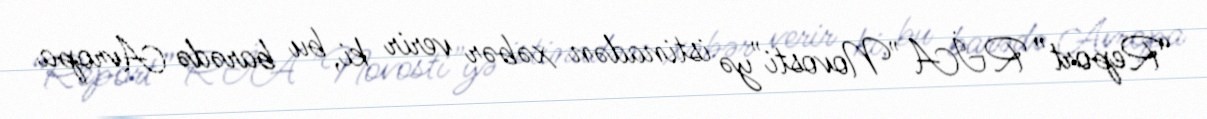
“Report” RİA "Novosti"yə istinadən xəbər verir ki, bu barədə Avropa